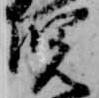
児